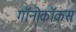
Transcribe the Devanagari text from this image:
गॉनोकॉकस